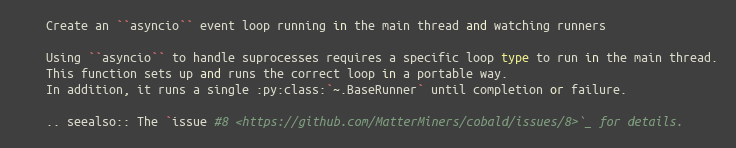
Language: Python
    Create an ``asyncio`` event loop running in the main thread and watching runners

    Using ``asyncio`` to handle suprocesses requires a specific loop type to run in the main thread.
    This function sets up and runs the correct loop in a portable way.
    In addition, it runs a single :py:class:`~.BaseRunner` until completion or failure.

    .. seealso:: The `issue #8 <https://github.com/MatterMiners/cobald/issues/8>`_ for details.